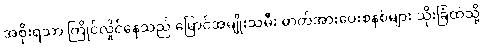
အစိုးရသာ ကြိုင်လှိုင်နေသည် မြောင်အမျိုးသမီး ဓာတ်အားပေးစနစ်များ သိုးခြံထဲသို့